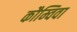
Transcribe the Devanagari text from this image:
कौम्विवा